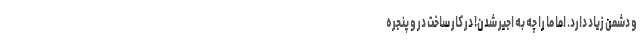
و دشمن زیاد دارد. اما ما را چه به اجیر شدن! در کار ساخت در و پنجره